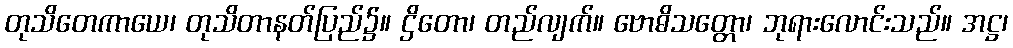
တုသိတေကာယေ၊ တုသိတာနတ်ပြည်၌။ ဌိတော၊ တည်လျက်။ ဗောဓိသတ္တော၊ ဘုရားလောင်းသည်။ အဋ္ဌ၊